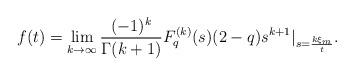
LaTeX: \begin{align*}f(t) = \lim_{k \rightarrow \infty} \frac{(-1)^{k}} {\Gamma(k+1)} F_{q}^{(k)} (s) (2-q) s^{k+1} |_{s=\frac{k \xi_{m}} {t}}.\end{align*}